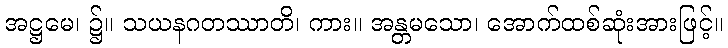
အဋ္ဌမေ၊ ၌။ သယနဂတဿာတိ၊ ကား။ အန္တမသော၊ အောက်ထစ်ဆုံးအားဖြင့်။